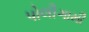
પોલીગામી